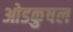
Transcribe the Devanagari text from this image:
ओडकुषल